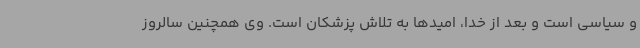
و سیاسی است و بعد از خدا، امیدها به تلاش پزشکان است. وی همچنین سالروز